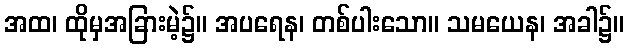
အထ၊ ထိုမှအခြားမဲ့၌။ အပရေန၊ တစ်ပါးသော။ သမယေန၊ အခါ၌။